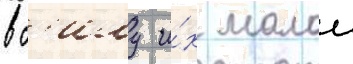
в с'илу и́х малои